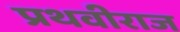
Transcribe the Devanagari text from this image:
प्रथवीराज